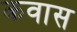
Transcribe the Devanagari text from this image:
कवास